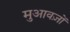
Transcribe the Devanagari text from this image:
मुआवज़ों